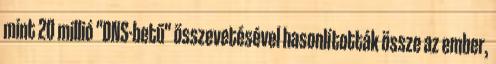
mint 20 millió "DNS-betű" összevetésével hasonlították össze az ember,